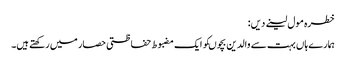
خطرہ مول لینے دیں:
ہمارے ہاں بہت سے والدین بچوںکو ایک مضبوط حفاظتی حصار میں رکھتے ہیں۔